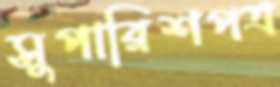
সুপারিশপত্র